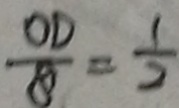
\frac { O D } { B } = \frac { 1 } { 2 }